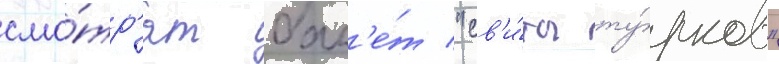
смо́тр'ят бал'е́т "св'и́ты ту́рков"